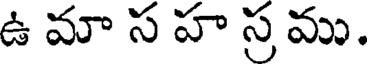
ఉ మా స హ స్ర ము.